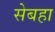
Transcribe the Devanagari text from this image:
सेबहा